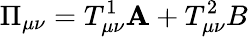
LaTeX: \Pi_{\mu\nu}=T_{\mu\nu}^{1}\mathbf{A}+T_{\mu\nu}^{2}B